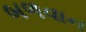
બળવાન